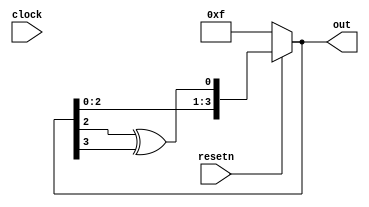
module lfsr_randomizer(
input clock,
input resetn,
output reg [3:0] out);

	always @(clock) begin
		if (!resetn) begin
			out <= 4'b1111;
		end else begin
			out <= {out[2:0], out[2] ^ out[3]};
		end
	end
endmodule